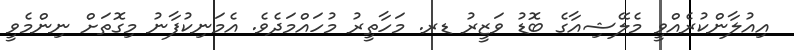
އިއުލާންކުރެއްވީ މެލޭޝިއާގެ ބޮޑު ވަޒީރު ޑރ. މަހާތީރު މުހައްމަދެވެ. އެމަނިކުފާނު މިގޮތަށް ނިންމެވީ